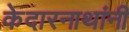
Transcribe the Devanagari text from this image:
केदारनाथांनी